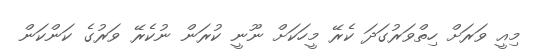
މިއީ ވަރަށް ހިތްވަރުގަދަ ކެރޭ މީހަކަށް ނޫނީ ކުރަން ނުކެރޭ ވަރުގެ ކަންކަން